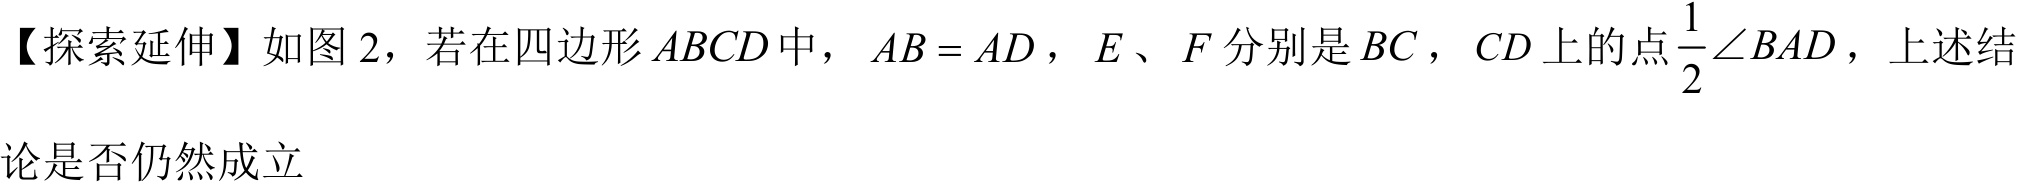
【探索延伸】如图 2，若在四边形 \(ABCD\) 中，\(AB = AD\)，\(E\)、\(F\) 分别是 \(BC\)，\(CD\) 上的点\(\frac{1}{2}\angle BAD\)，上述结
论是否仍然成立